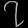
Digit: ၇